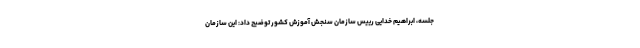
جلسه، ابراهیم خدایی رییس سازمان سنجش آموزش کشور توضیح داد: این سازمان